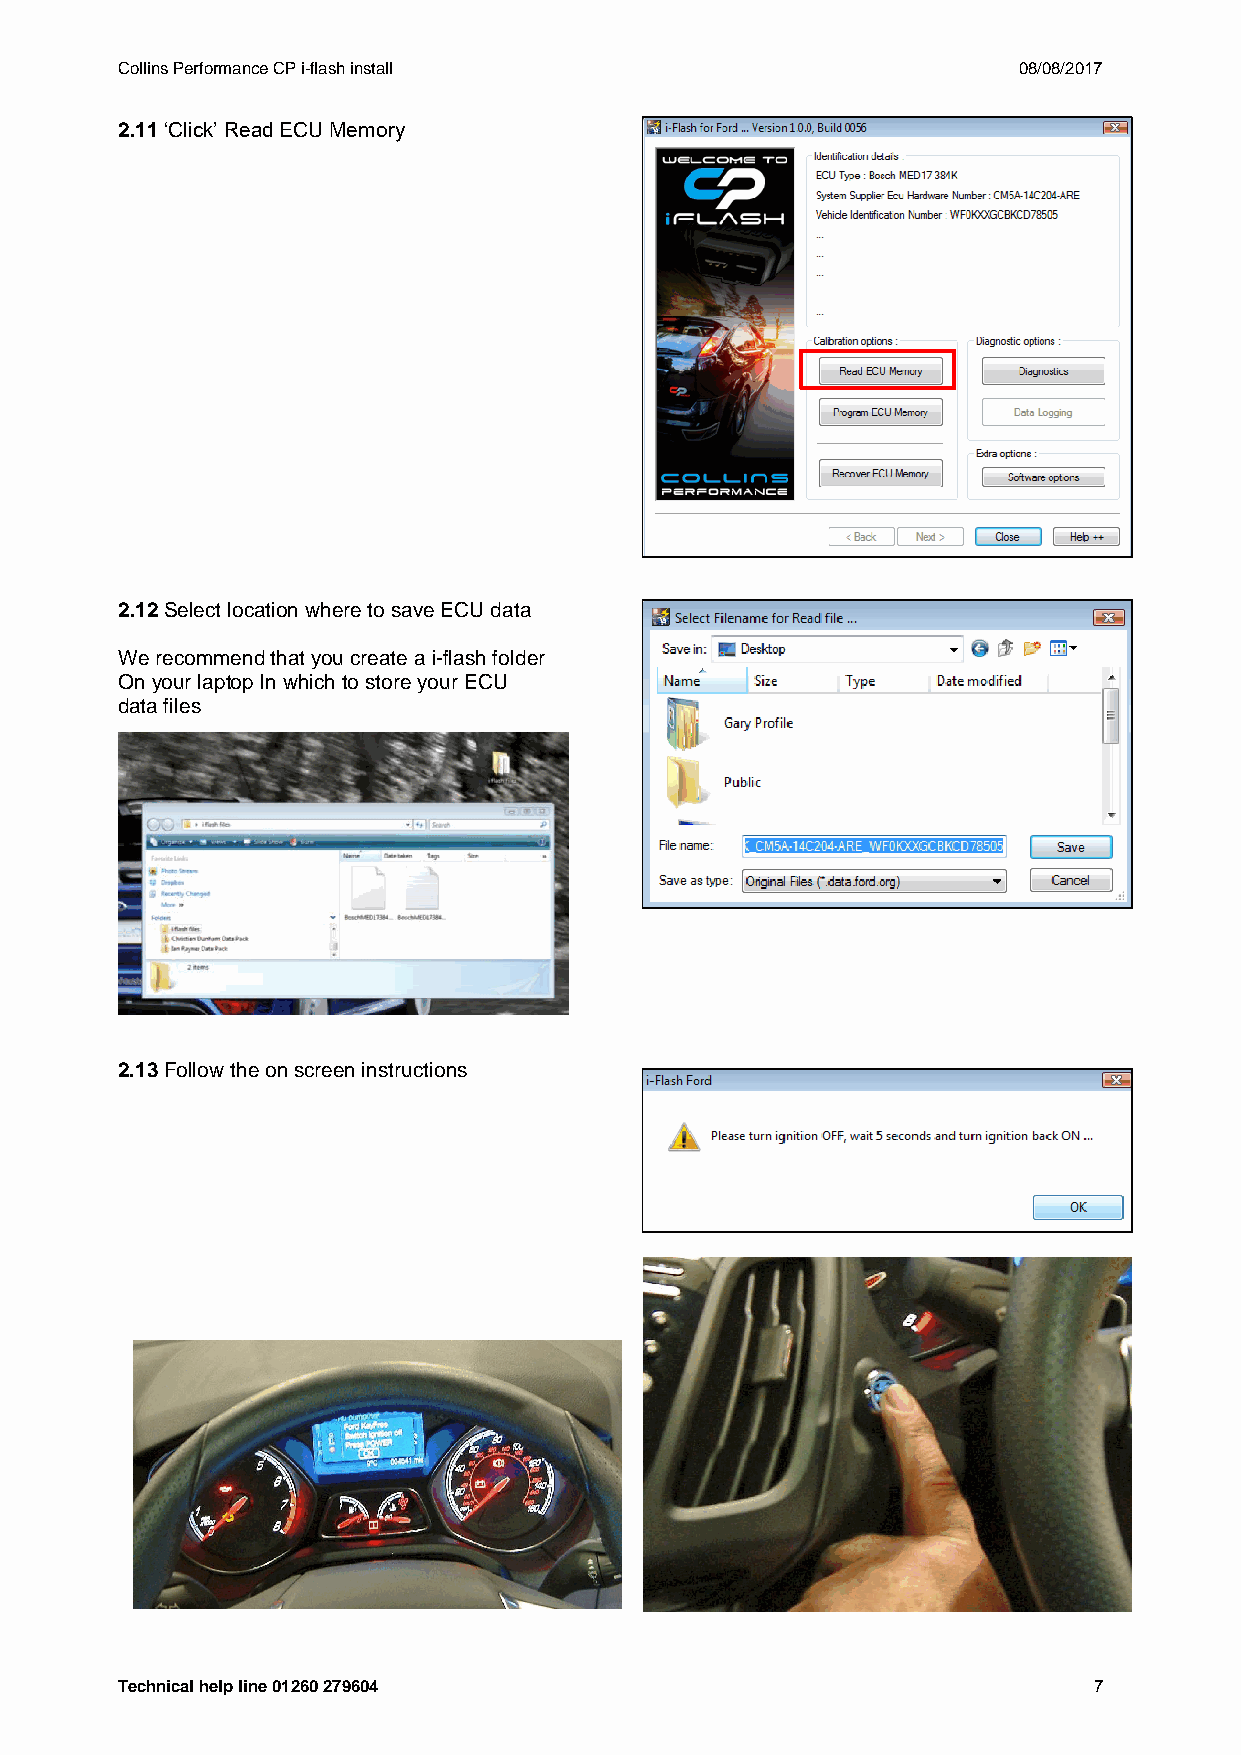
Collins Performance CP i-flash install                     08/08/2017
 2.11 ‘Click’ Read ECU Memory
 2.12 Select location where to save ECU data
 We recommend that you create a i-flash folder
 On your laptop In which to store your ECU
 data files
 2.13 Follow the on screen instructions
 Technical help line 01260 279604                                7